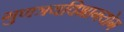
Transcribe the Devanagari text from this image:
गुणत्रयविभागयोग